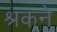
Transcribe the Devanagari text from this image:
श्रकने